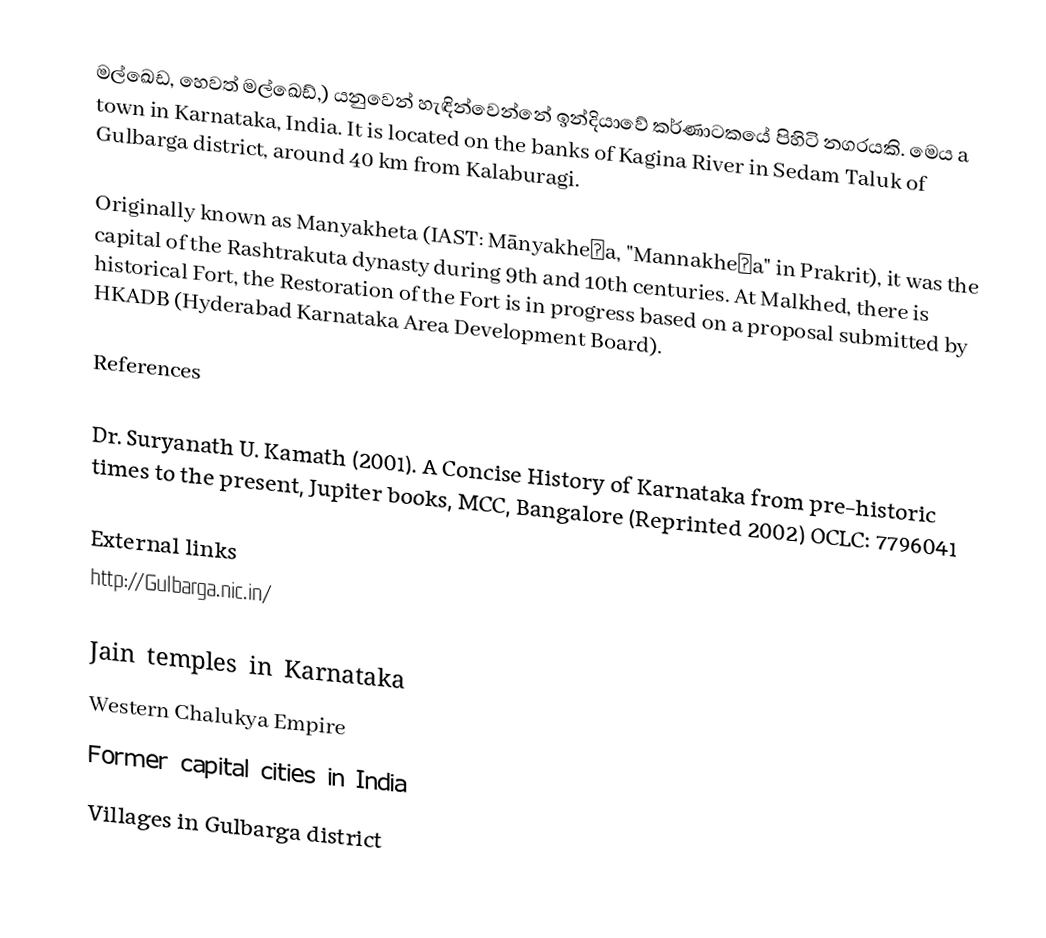
මල්ඛෙඩ, හෙවත් මල්ඛෙඩ්,) යනුවෙන් හැඳින්වෙන්නේ ඉන්දියාවේ කර්ණාටකයේ පිහිටි නගරයකි. මෙය  a town in Karnataka, India. It is located on the banks of Kagina River in Sedam Taluk of Gulbarga district, around 40 km from Kalaburagi.

Originally known as Manyakheta (IAST: Mānyakheṭa, "Mannakheḍa" in Prakrit), it was the capital of the Rashtrakuta dynasty during 9th and 10th centuries. At Malkhed, there is historical Fort, the Restoration of the Fort is in progress based on a proposal submitted by HKADB (Hyderabad Karnataka Area Development Board).

References

 Dr. Suryanath U. Kamath (2001). A Concise History of Karnataka from pre-historic times to the present, Jupiter books, MCC, Bangalore (Reprinted 2002) OCLC: 7796041

External links
 http://Gulbarga.nic.in/

Jain temples in Karnataka
Western Chalukya Empire
Former capital cities in India
Villages in Gulbarga district